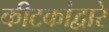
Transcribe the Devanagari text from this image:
कीटकांद्वारे